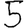
Digit: 5